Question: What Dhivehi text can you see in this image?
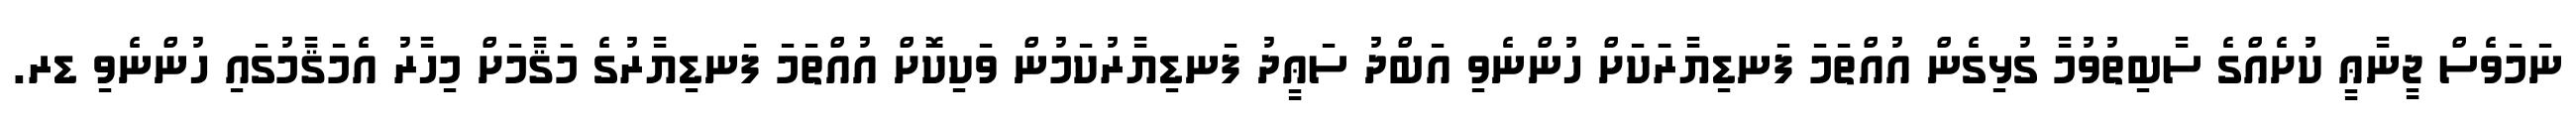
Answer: ނަމަވެސް ޖީނާޢީ ކުށެއްގެ ސާބިތުވުމާ ގުޅިގެން އުއްތަމަ ފަނޑިޔާރަަކަށް ހުންނެވި އަބްދު ސަޢީދު ފަނޑިޔާރުކަމުން ވަކިކޮށް އުއްތަމަ ފަނޑިޔާރުގެ މަޤާމަށް މިހާރު އެމަޤާމުގައި ހުންނެވި ޑރ.